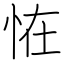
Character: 恠